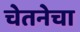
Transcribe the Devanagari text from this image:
चेतनेचा